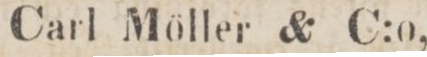
Carl Möller & C:o,